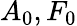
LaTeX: A_{0},F_{0}